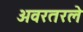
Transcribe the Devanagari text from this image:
अवरतरले